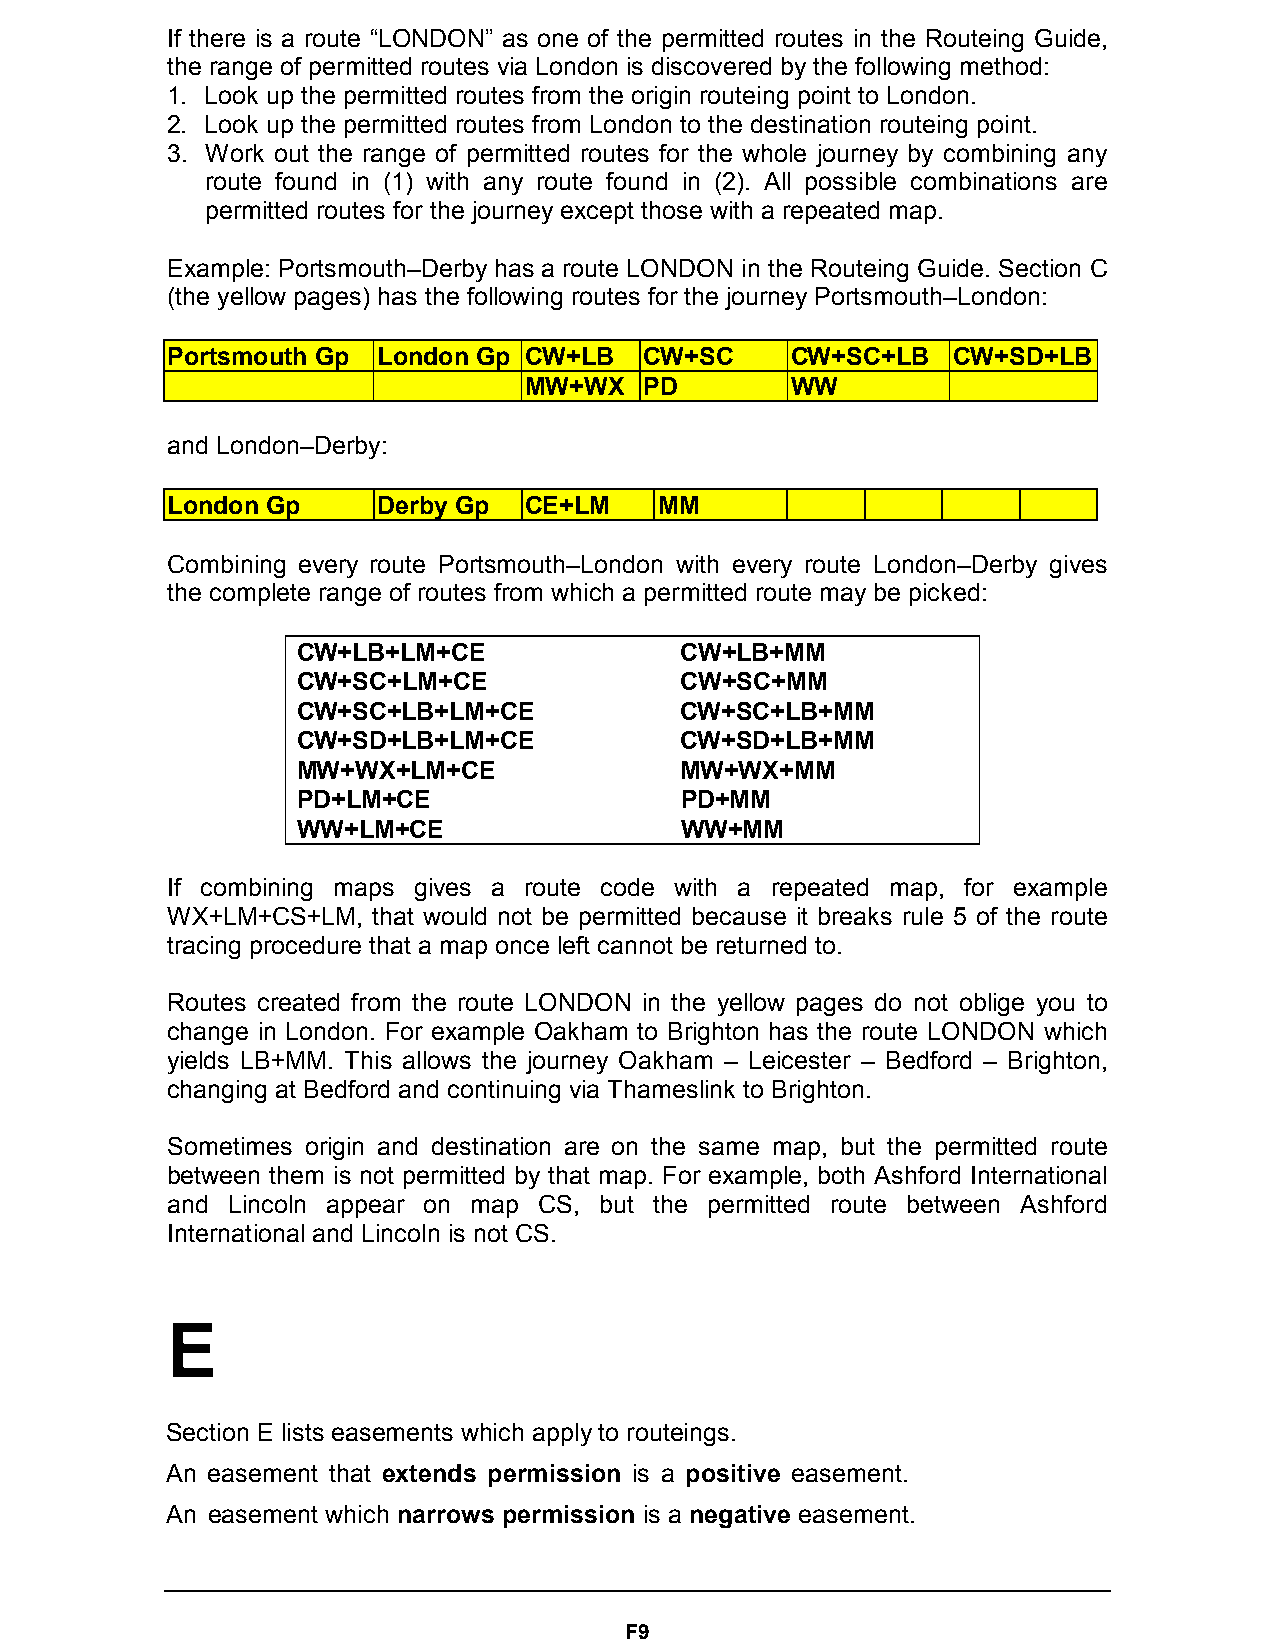
If there is a route “LONDON” as one of the permitted routes in the Routeing Guide,
 the range of permitted routes via London is discovered by the following method:
 1. Look up the permitted routes from the origin routeing point to London.
 2. Look up the permitted routes from London to the destination routeing point.
 3. Work out the range of permitted routes for the whole journey by combining any
 route found in (1) with any route found in (2). All possible combinations are
 permitted routes for the journey except those with a repeated map.
 Example: Portsmouth–Derby has a route LONDON in the Routeing Guide. Section C
 (the yellow pages) has the following routes for the journey Portsmouth–London:
 Portsmouth Gp London Gp CW+LB   CW+SC    CW+SC+LB   CW+SD+LB
 MW+WX   PD       WW
 and London–Derby:
 London Gp     Derby Gp  CE+LM    MM
 Combining every route Portsmouth–London with every route London–Derby gives
 the complete range of routes from which a permitted route may be picked:
 CW+LB+LM+CE              CW+LB+MM
 CW+SC+LM+CE              CW+SC+MM
 CW+SC+LB+LM+CE           CW+SC+LB+MM
 CW+SD+LB+LM+CE           CW+SD+LB+MM
 MW+WX+LM+CE              MW+WX+MM
 PD+LM+CE                 PD+MM
 WW+LM+CE                 WW+MM
 If combining maps gives a route code with a repeated map, for example
 WX+LM+CS+LM,  that would not be permitted because it breaks rule 5 of the route
 tracing procedure that a map once left cannot be returned to.
 Routes created from the route LONDON in the yellow pages do not oblige you to
 change in London. For example Oakham to Brighton has the route LONDON which
 yields LB+MM. This allows the journey Oakham – Leicester – Bedford – Brighton,
 changing at Bedford and continuing via Thameslink to Brighton.
 Sometimes origin and destination are on the same map, but the permitted route
 between them is not permitted by that map. For example, both Ashford International
 and Lincoln appear on map CS, but the permitted route between Ashford
 International and Lincoln is not CS.
 Section E lists easements which apply to routeings.
 An easement that extends permission is a positive easement.
 An easement which narrows permission is a negative easement.
 F9